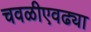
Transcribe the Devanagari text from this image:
चवळीएवढ्या